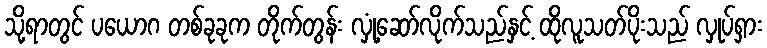
သို့ရာတွင် ပယောဂ တစ်ခုခုက တိုက်တွန်း လှုံ့ဆော်လိုက်သည်နှင့် ထိုလူသတ်ပိုးသည် လှုပ်ရှား